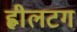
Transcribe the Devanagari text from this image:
ह्वीलटग